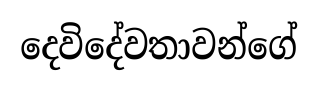
දෙවිදේවතාවන්ගේ